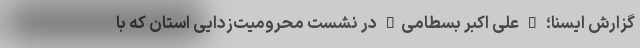
گزارش ایسنا؛ " علی اکبر بسطامی" در نشست محرومیت‌زدایی استان که با